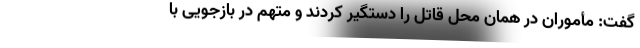
گفت: مأموران در همان محل قاتل را دستگیر کردند و متهم در بازجویی با